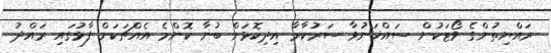
ރައްޔިތުންގެ ވޯޓަކުން ސައްޚަނުވާ ސަރުކާރާ އިދިކޮޅަށް ބުނާ ކޮންމެ އެއްޗަކަށް ފާޅުގައި ރައްދު